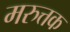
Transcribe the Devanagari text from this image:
मरुत्तक